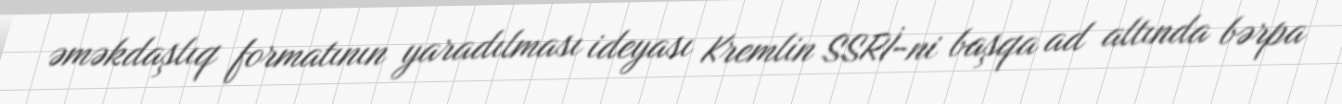
əməkdaşlıq formatının yaradılması ideyası Kremlin SSRİ-ni başqa ad altında bərpa